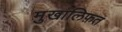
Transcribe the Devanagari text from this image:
मु़खालिफ़त